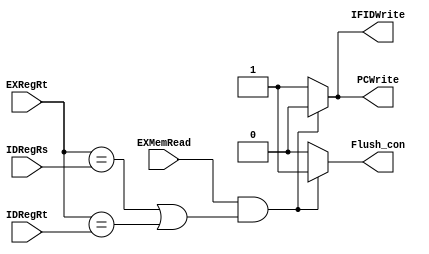
module HazardUnit(IDRegRs, IDRegRt, EXRegRt, EXMemRead, PCWrite, IFIDWrite, Flush_con); 

    input [4:0] IDRegRs, IDRegRt, EXRegRt;
    input EXMemRead;  //MEM_EX[1]

    output PCWrite, IFIDWrite, Flush_con;
    reg PCWrite, IFIDWrite, Flush_con;

    always@(IDRegRs,IDRegRt,EXRegRt,EXMemRead) 
    begin
        if( EXMemRead && ((EXRegRt == IDRegRs) | (EXRegRt == IDRegRt)) )
            begin
            //stall 
            PCWrite <= 0; 
            IFIDWrite <= 0; 
            Flush_con <= 1;
            end
        else 
            begin
            //no stall 
            PCWrite <= 1; 
            IFIDWrite <= 1; 
            Flush_con <= 0;
            end
    end 

endmodule